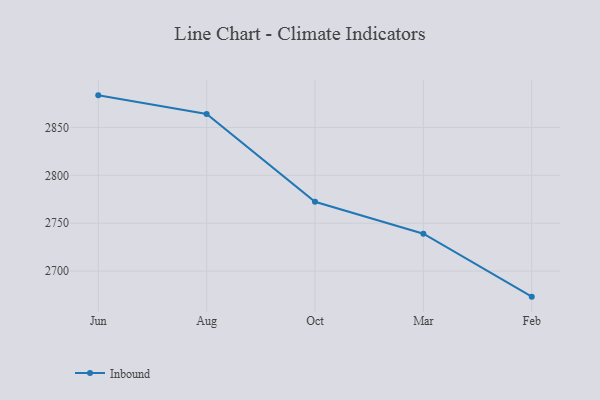
{"axis": {"x": "Month", "y": "Latency (ms)"}, "legend": ["Inbound"], "data": [{"x": "Jun", "y": 2883.5, "type": "Inbound"}, {"x": "Aug", "y": 2864.0, "type": "Inbound"}, {"x": "Oct", "y": 2772.4, "type": "Inbound"}, {"x": "Mar", "y": 2739.0, "type": "Inbound"}, {"x": "Feb", "y": 2673.3, "type": "Inbound"}]}